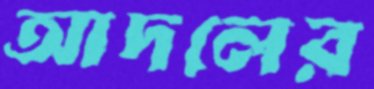
আদলের